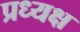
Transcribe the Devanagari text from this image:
प्रध्यक्ष